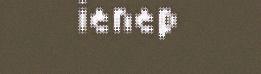
ienep